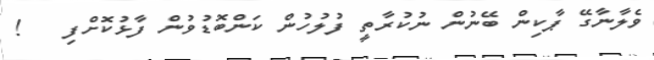
ވެލާނާގޭ ޕާކިން ބޭނުން ނުކުރާތީ ފުލުހުން ކަންބޮޑުވުން ފާޅުކޮށްފި   !